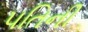
પતિની